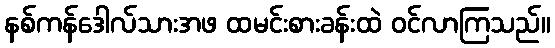
နစ်ကန်ဒေါလ်သားအဖ ထမင်းစားခန်းထဲ ဝင်လာကြသည်။